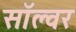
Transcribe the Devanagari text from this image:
सॉल्वर